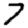
Digit: 7